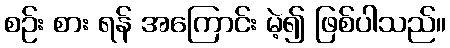
စဉ်း စား ရန် အကြောင်း မဲ့၍ ဖြစ်ပါသည်။